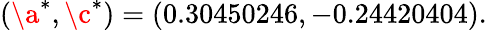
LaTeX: \begin{array}{r}{(\a^{\ast},\c^{\ast})=(0.30450246,-0.24420404).}\end{array}